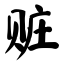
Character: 赃